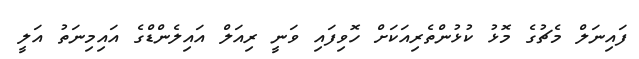
ފައިނަލް މެޗުގެ މޮޅު ކުޅުންތެރިއަކަށް ހޮވިފައި ވަނީ ރިއަލް އައިލެންޑްގެ އައިމިނަތު އަލީ